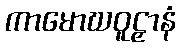
ကာမောဃဝူဠှာနံ